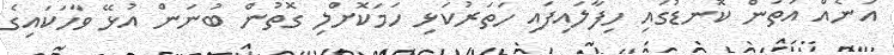
އަނެއް އަތުން ކޮނޑުގައި ހިފާލައިފައި ހަތަރުކަޅި ހަމަކޮށްލި ގޮތުން ބުނަން އުޅޭ ވާހަކައިގެ